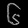
Digit: ၆